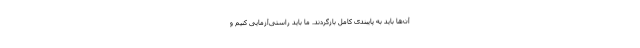
آن‌ها باید به پایبندی کامل بازگردند. ما باید راستی‌آزمایی کنیم و